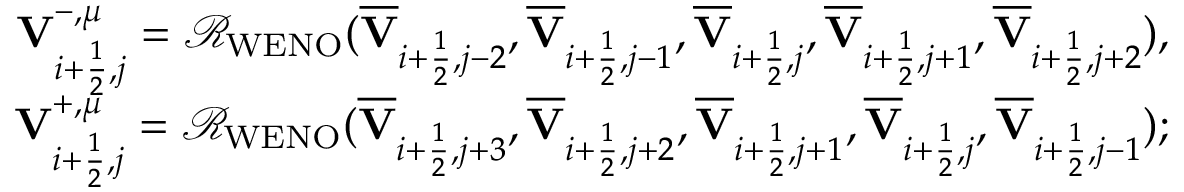
\begin{array} { r } { { \mathbf { V } } _ { i + \frac { 1 } { 2 } , j } ^ { - , \mu } = \mathcal { R } _ { \mathrm { W E N O } } ( \overline { { \mathbf { V } } } _ { i + \frac { 1 } { 2 } , j - 2 } , \overline { { \mathbf { V } } } _ { i + \frac { 1 } { 2 } , j - 1 } , \overline { { \mathbf { V } } } _ { i + \frac { 1 } { 2 } , j } , \overline { { \mathbf { V } } } _ { i + \frac { 1 } { 2 } , j + 1 } , \overline { { \mathbf { V } } } _ { i + \frac { 1 } { 2 } , j + 2 } ) , } \\ { { \mathbf { V } } _ { i + \frac { 1 } { 2 } , j } ^ { + , \mu } = \mathcal { R } _ { \mathrm { W E N O } } ( \overline { { \mathbf { V } } } _ { i + \frac { 1 } { 2 } , j + 3 } , \overline { { \mathbf { V } } } _ { i + \frac { 1 } { 2 } , j + 2 } , \overline { { \mathbf { V } } } _ { i + \frac { 1 } { 2 } , j + 1 } , \overline { { \mathbf { V } } } _ { i + \frac { 1 } { 2 } , j } , \overline { { \mathbf { V } } } _ { i + \frac { 1 } { 2 } , j - 1 } ) ; } \end{array}